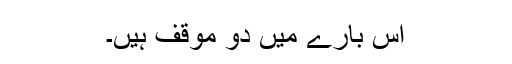
اس بارے میں دو موقف ہیں۔